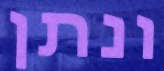
ונתן